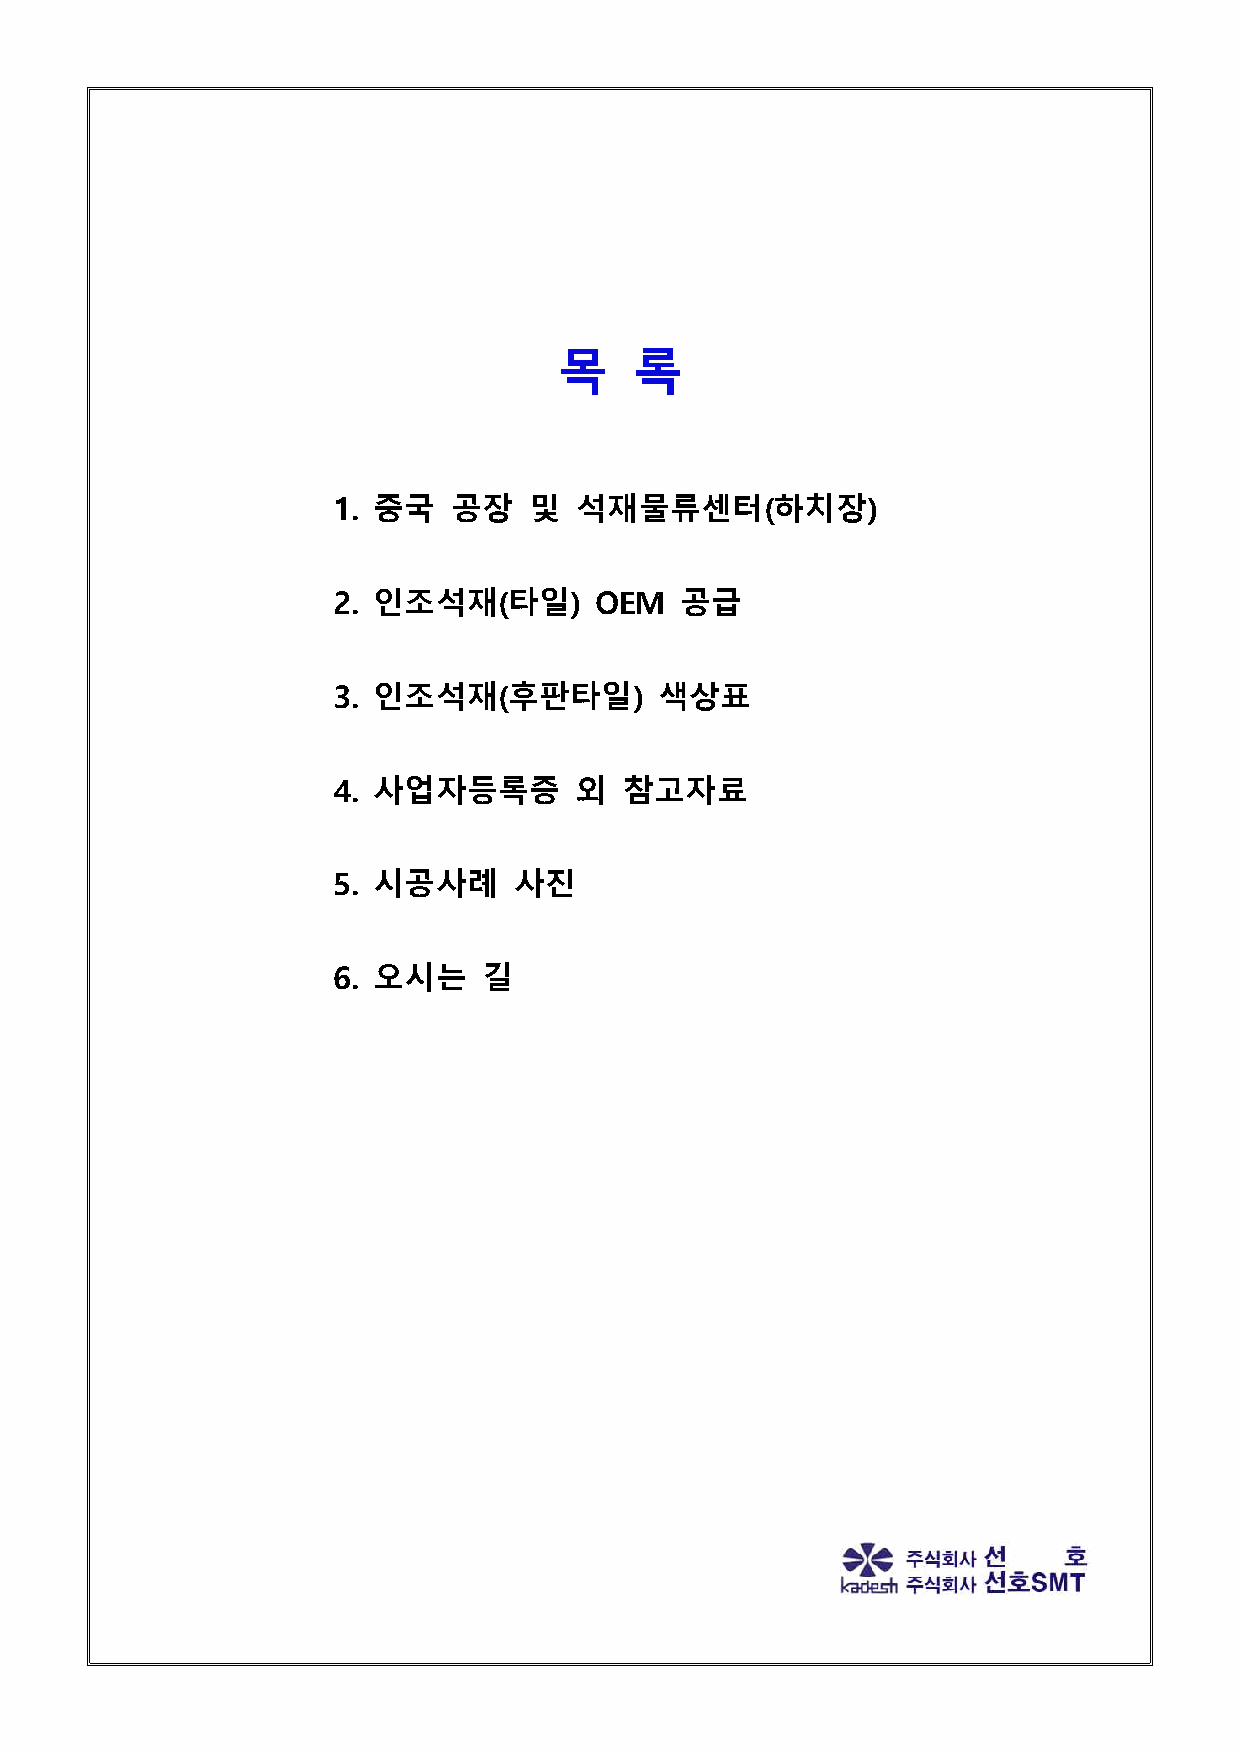
목    록
 1. 중국   공장   및  석재물류센터(하치장)
 2. 인조석재(타일)      OEM   공급
 3. 인조석재(후판타일)         색상표
 4. 사업자등록증       외  참고자료
 5. 시공사례     사진
 6. 오시는    길